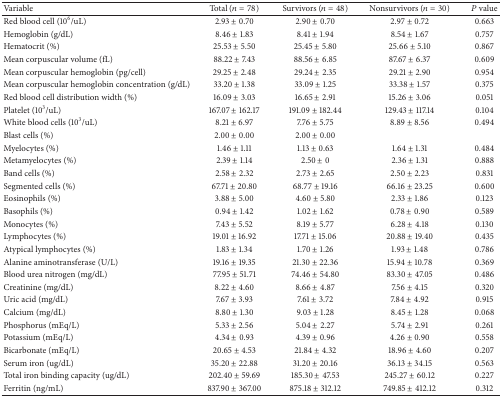
<table><thead><tr><td><b>Variable</b></td><td><b>Total (<i>n</i> = 78)</b></td><td><b>Survivors (<i>n</i> = 48)</b></td><td><b>Nonsurvivors (<i>n</i> = 30)</b></td><td><b><i>P</i> value</b></td></tr></thead><tbody><tr><td>Red blood cell (10<sup>6</sup>/uL)</td><td>2.93 ± 0.70</td><td>2.90 ± 0.70</td><td>2.97 ± 0.72</td><td>0.663</td></tr><tr><td>Hemoglobin (g/dL)</td><td>8.46 ± 1.83</td><td>8.41 ± 1.94</td><td>8.54 ± 1.67</td><td>0.757</td></tr><tr><td>Hematocrit (%)</td><td>25.53 ± 5.50</td><td>25.45 ± 5.80</td><td>25.66 ± 5.10</td><td>0.867</td></tr><tr><td>Mean corpuscular volume (fL)</td><td>88.22 ± 7.43</td><td>88.56 ± 6.85</td><td>87.67 ± 6.37</td><td>0.609</td></tr><tr><td>Mean corpuscular hemoglobin (pg/cell)</td><td>29.25 ± 2.48</td><td>29.24 ± 2.35</td><td>29.21 ± 2.90</td><td>0.954</td></tr><tr><td>Mean corpuscular hemoglobin concentration (g/dL)</td><td>33.20 ± 1.38</td><td>33.09 ± 1.25</td><td>33.38 ± 1.57</td><td>0.375</td></tr><tr><td>Red blood cell distribution width (%)</td><td>16.09 ± 3.03</td><td>16.65 ± 2.91</td><td>15.26 ± 3.06</td><td>0.051</td></tr><tr><td>Platelet (10<sup>3</sup>/uL)</td><td>167.07 ± 162.17</td><td>191.09 ± 182.44</td><td>129.43 ± 117.14</td><td>0.104</td></tr><tr><td>White blood cells (10<sup>3</sup>/uL)</td><td>8.21 ± 6.97</td><td>7.76 ± 5.75</td><td>8.89 ± 8.56</td><td>0.494</td></tr><tr><td>Blast cells (%)</td><td>2.00 ± 0.00</td><td>2.00 ± 0.00</td><td> </td><td> </td></tr><tr><td>Myelocytes (%)</td><td>1.46 ± 1.11</td><td>1.13 ± 0.63</td><td>1.64 ± 1.31</td><td>0.484</td></tr><tr><td>Metamyelocytes (%)</td><td>2.39 ± 1.14</td><td>2.50 ± 0</td><td>2.36 ± 1.31</td><td>0.888</td></tr><tr><td>Band cells (%)</td><td>2.58 ± 2.32</td><td>2.73 ± 2.65</td><td>2.50 ± 2.23</td><td>0.831</td></tr><tr><td>Segmented cells (%)</td><td>67.71 ± 20.80</td><td>68.77 ± 19.16</td><td>66.16 ± 23.25</td><td>0.600</td></tr><tr><td>Eosinophils (%)</td><td>3.88 ± 5.00</td><td>4.60 ± 5.80</td><td>2.33 ± 1.86</td><td>0.123</td></tr><tr><td>Basophils (%)</td><td>0.94 ± 1.42</td><td>1.02 ± 1.62</td><td>0.78 ± 0.90</td><td>0.589</td></tr><tr><td>Monocytes (%)</td><td>7.43 ± 5.52</td><td>8.19 ± 5.77</td><td>6.28 ± 4.18</td><td>0.130</td></tr><tr><td>Lymphocytes (%)</td><td>19.01 ± 16.92</td><td>17.71 ± 15.06</td><td>20.88 ± 19.40</td><td>0.435</td></tr><tr><td>Atypical lymphocytes (%)</td><td>1.83 ± 1.34</td><td>1.70 ± 1.26</td><td>1.93 ± 1.48</td><td>0.786</td></tr><tr><td>Alanine aminotransferase (U/L)</td><td>19.16 ± 19.35</td><td>21.30 ± 22.36</td><td>15.94 ± 10.78</td><td>0.369</td></tr><tr><td>Blood urea nitrogen (mg/dL)</td><td>77.95 ± 51.71</td><td>74.46 ± 54.80</td><td>83.30 ± 47.05</td><td>0.486</td></tr><tr><td>Creatinine (mg/dL)</td><td>8.22 ± 4.60</td><td>8.66 ± 4.87</td><td>7.56 ± 4.15</td><td>0.320</td></tr><tr><td>Uric acid (mg/dL)</td><td>7.67 ± 3.93</td><td>7.61 ± 3.72</td><td>7.84 ± 4.92</td><td>0.915</td></tr><tr><td>Calcium (mg/dL)</td><td>8.80 ± 1.30</td><td>9.03 ± 1.28</td><td>8.45 ± 1.28</td><td>0.068</td></tr><tr><td>Phosphorus (mEq/L)</td><td>5.33 ± 2.56</td><td>5.04 ± 2.27</td><td>5.74 ± 2.91</td><td>0.261</td></tr><tr><td>Potassium (mEq/L)</td><td>4.34 ± 0.93</td><td>4.39 ± 0.96</td><td>4.26 ± 0.90</td><td>0.558</td></tr><tr><td>Bicarbonate (mEq/L)</td><td>20.65 ± 4.53</td><td>21.84 ± 4.32</td><td>18.96 ± 4.60</td><td>0.207</td></tr><tr><td>Serum iron (ug/dL)</td><td>35.20 ± 22.88</td><td>31.20 ± 20.16</td><td>36.13 ± 34.15</td><td>0.563</td></tr><tr><td>Total iron binding capacity (ug/dL)</td><td>202.40 ± 59.69</td><td>185.30 ± 47.53</td><td>245.27 ± 60.12</td><td>0.227</td></tr><tr><td>Ferritin (ng/mL)</td><td>837.90 ± 367.00</td><td>875.18 ± 312.12</td><td>749.85 ± 412.12</td><td>0.312</td></tr></tbody></table>